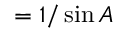
= { 1 / \sin A }